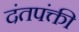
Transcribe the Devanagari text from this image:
दंतपंक्ती